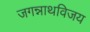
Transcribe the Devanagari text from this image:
जगन्नाथविजय